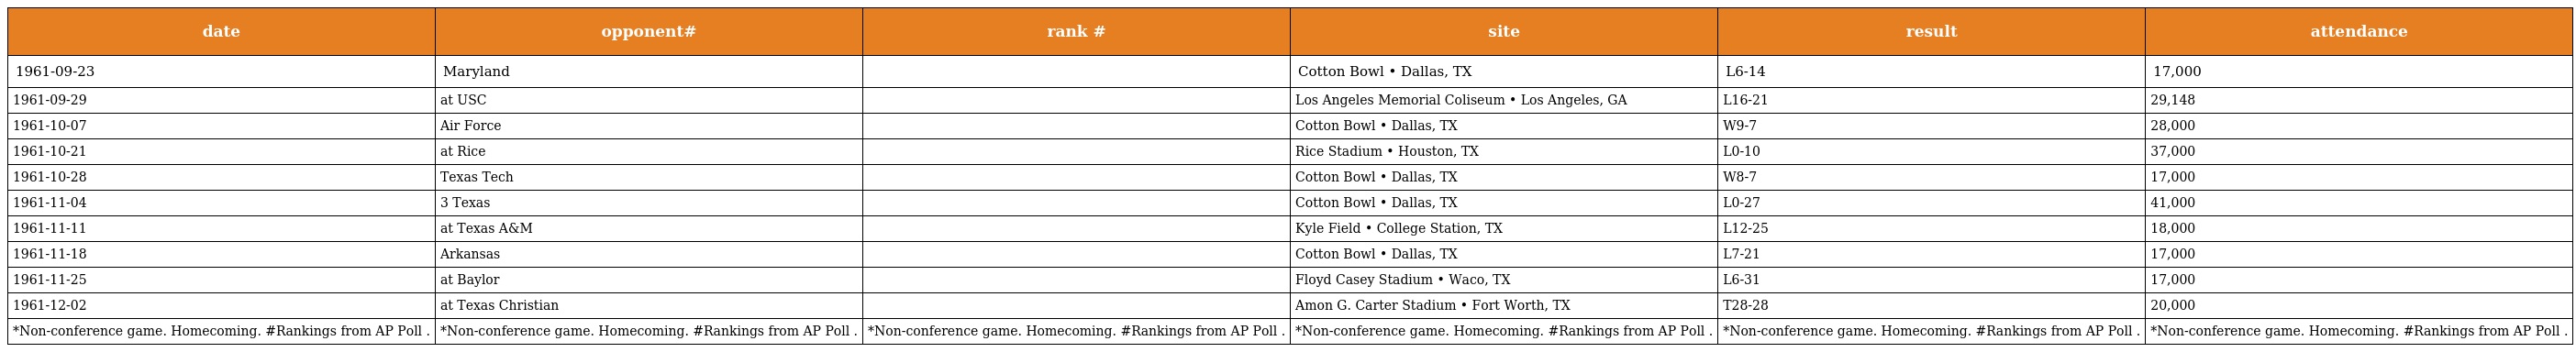
| date | opponent# | rank # | site | result | attendance |
 | --- | --- | --- | --- | --- | --- |
 | 1961-09-23 | Maryland |  | Cotton Bowl • Dallas, TX | L6-14 | 17,000 |
 | 1961-09-29 | at USC |  | Los Angeles Memorial Coliseum • Los Angeles, GA | L16-21 | 29,148 |
 | 1961-10-07 | Air Force |  | Cotton Bowl • Dallas, TX | W9-7 | 28,000 |
 | 1961-10-21 | at Rice |  | Rice Stadium • Houston, TX | L0-10 | 37,000 |
 | 1961-10-28 | Texas Tech |  | Cotton Bowl • Dallas, TX | W8-7 | 17,000 |
 | 1961-11-04 | 3 Texas |  | Cotton Bowl • Dallas, TX | L0-27 | 41,000 |
 | 1961-11-11 | at Texas A&M |  | Kyle Field • College Station, TX | L12-25 | 18,000 |
 | 1961-11-18 | Arkansas |  | Cotton Bowl • Dallas, TX | L7-21 | 17,000 |
 | 1961-11-25 | at Baylor |  | Floyd Casey Stadium • Waco, TX | L6-31 | 17,000 |
 | 1961-12-02 | at Texas Christian |  | Amon G. Carter Stadium • Fort Worth, TX | T28-28 | 20,000 |
 | *Non-conference game. Homecoming. #Rankings from AP Poll . | *Non-conference game. Homecoming. #Rankings from AP Poll . | *Non-conference game. Homecoming. #Rankings from AP Poll . | *Non-conference game. Homecoming. #Rankings from AP Poll . | *Non-conference game. Homecoming. #Rankings from AP Poll . | *Non-conference game. Homecoming. #Rankings from AP Poll . |